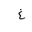
Letter: _gayn